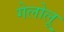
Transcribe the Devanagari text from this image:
गेलोलू